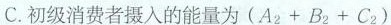
C.初级消费者摄入的能量为$$( A _ { 2 } + B _ { 2 } + C _ { 2 } )$$